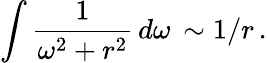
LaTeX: \int\frac{1}{\omega^{2}+r^{2}}\, d\omega\, \sim 1/r\, .